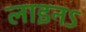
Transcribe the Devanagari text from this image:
लाइनऽ